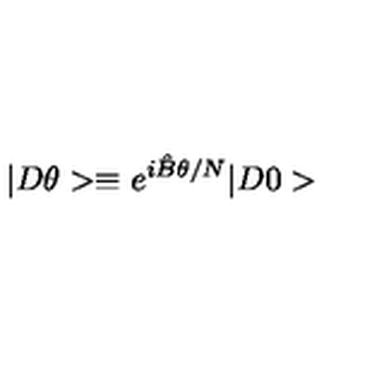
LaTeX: | D \theta > \equiv e ^ { i \hat { B } \theta / N } | D 0 >